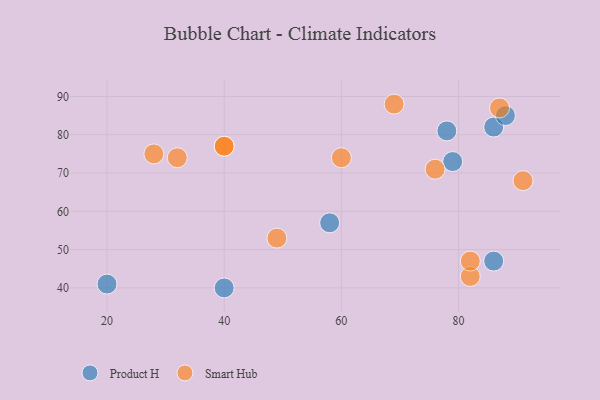
{"axis": {"x": "GDP", "y": "Life Expectancy"}, "legend": ["Product H", "Smart Hub"], "data": [{"x": "58", "y": 57, "type": "Product H"}, {"x": "78", "y": 81, "type": "Product H"}, {"x": "86", "y": 82, "type": "Product H"}, {"x": "79", "y": 73, "type": "Product H"}, {"x": "86", "y": 47, "type": "Product H"}, {"x": "88", "y": 85, "type": "Product H"}, {"x": "20", "y": 41, "type": "Product H"}, {"x": "40", "y": 40, "type": "Product H"}, {"x": "76", "y": 71, "type": "Smart Hub"}, {"x": "32", "y": 74, "type": "Smart Hub"}, {"x": "40", "y": 77, "type": "Smart Hub"}, {"x": "82", "y": 43, "type": "Smart Hub"}, {"x": "87", "y": 87, "type": "Smart Hub"}, {"x": "91", "y": 68, "type": "Smart Hub"}, {"x": "49", "y": 53, "type": "Smart Hub"}, {"x": "40", "y": 77, "type": "Smart Hub"}, {"x": "28", "y": 75, "type": "Smart Hub"}, {"x": "82", "y": 47, "type": "Smart Hub"}, {"x": "60", "y": 74, "type": "Smart Hub"}, {"x": "69", "y": 88, "type": "Smart Hub"}]}